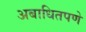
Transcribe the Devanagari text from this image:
अबाधितपणे